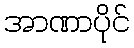
အာဏာပိုင်